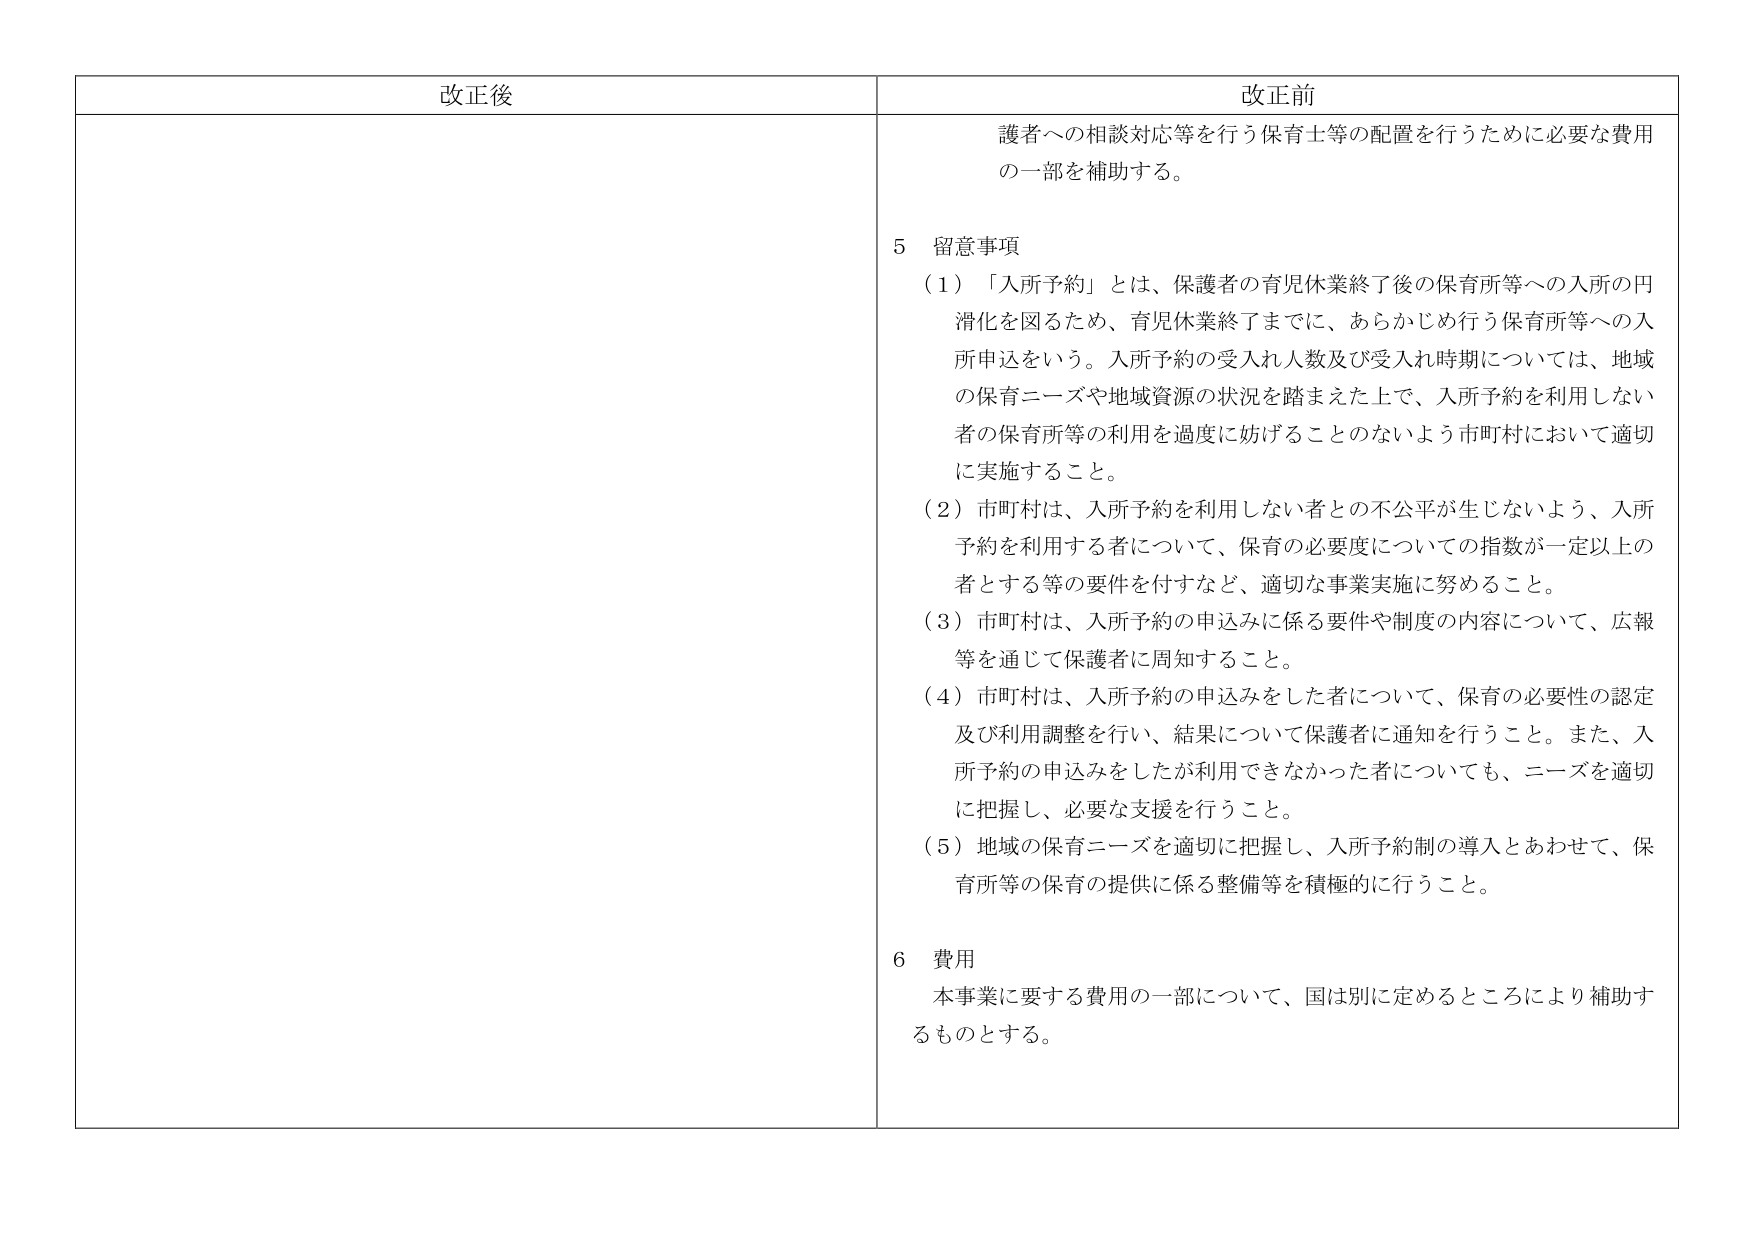
改正後

改正前
護者への相談対応等を行う保育士等の配置を行うために必要な費用
の一部を補助する。

5 留意事項
（1）「入所予約」とは、保護者の育児休業終了後の保育所等への入所の円
滑化を図るため、育児休業終了までに、あらかじめ行う保育所等への入
所申込をいう。入所予約の受入れ人数及び受入れ時期については、地域
の保育ニーズや地域資源の状況を踏まえた上で、入所予約を利用しない
者の保育所等の利用を過度に妨げることのないよう市町村において適切
に実施すること。
（2）市町村は、入所予約を利用しない者との不公平が生じないよう、入所
予約を利用する者について、保育の必要度についての指数が一定以上の
者とする等の要件を付すなど、適切な事業実施に努めること。
（3）市町村は、入所予約の申込みに係る要件や制度の内容について、広報
等を通じて保護者に周知すること。
（4）市町村は、入所予約の申込みをした者について、保育の必要性の認定
及び利用調整を行い、結果について保護者に通知を行うこと。また、入
所予約の申込みをしたが利用できなかった者についても、ニーズを適切
に把握し、必要な支援を行うこと。
（5）地域の保育ニーズを適切に把握し、入所予約制の導入とあわせて、保
育所等の保育の提供に係る整備等を積極的に行うこと。

6 費用
本事業に要する費用の一部について、国は別に定めるところにより補助す
るものとする。